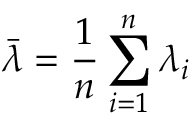
\bar { \lambda } = \frac { 1 } { n } \sum _ { i = 1 } ^ { n } \lambda _ { i }